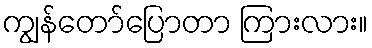
ကျွန်တော်ပြောတာ ကြားလား။